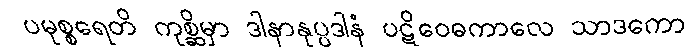
ပမုစ္စရေတိ ကုစ္ဆိမှာ ဒါနာနုပ္ပဒါနံ ပဋိဝေဓကာလေ သာဒကော